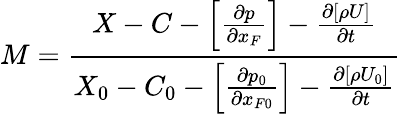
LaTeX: M=\frac{X-C-\left[\frac{\partial p}{\partial x_{F}}\right]-\frac{\partial[\rho U]}{\partial t}}{X_{0}-C_{0}-\left[\frac{\partial p_{0}}{\partial x_{F0}}\right]-\frac{\partial[\rho U_{0}]}{\partial t}}